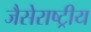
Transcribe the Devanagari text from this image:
जैसेराष्ट्रीय